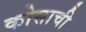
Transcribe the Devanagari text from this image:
कोसाची